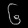
Digit: ၆